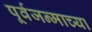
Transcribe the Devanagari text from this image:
पूर्वजन्माच्या